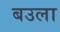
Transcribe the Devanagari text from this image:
बउला